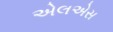
એલએસ